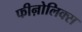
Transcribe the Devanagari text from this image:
फीऩोलिक्स